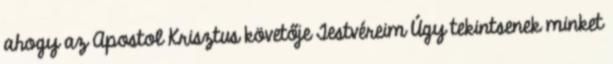
ahogy az Apostol Krisztus követője Testvéreim Úgy tekintsenek minket